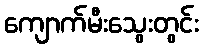
ကျောက်မီးသွေးတွင်း